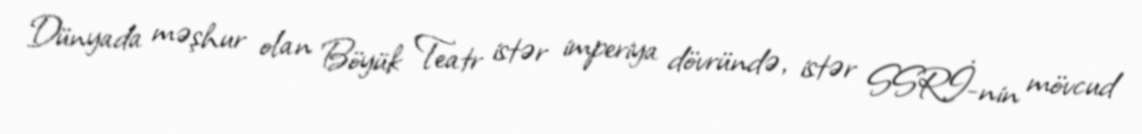
Dünyada məşhur olan Böyük Teatr istər imperiya dövründə, istər SSRİ-nin mövcud